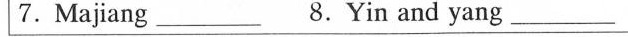
7.Majiang __8.Yin and yang _